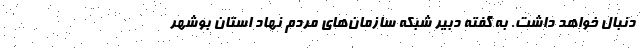
دنبال خواهد داشت. به گفته دبیر شبکه سازمان‌های مردم نهاد استان بوشهر